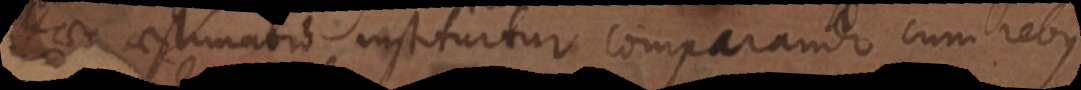
stimatio instituitur comparando cum rebus